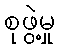
စုဖွဲ့မှု